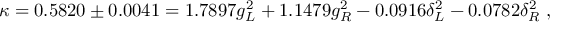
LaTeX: \kappa = 0 . 5 8 2 0 \pm 0 . 0 0 4 1 = 1 . 7 8 9 7 g _ { L } ^ { 2 } + 1 . 1 4 7 9 g _ { R } ^ { 2 } - 0 . 0 9 1 6 \delta _ { L } ^ { 2 } - 0 . 0 7 8 2 \delta _ { R } ^ { 2 } \; ,